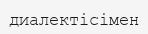
диалектісімен